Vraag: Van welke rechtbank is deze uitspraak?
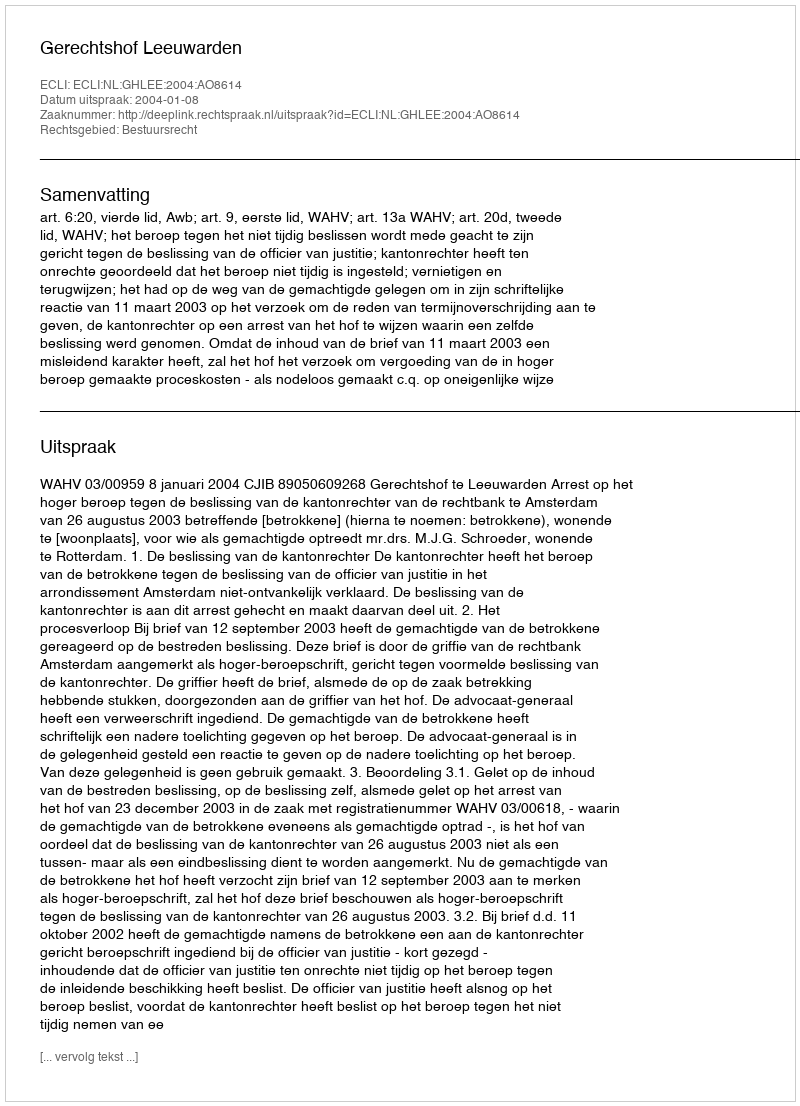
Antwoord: Gerechtshof Leeuwarden